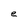
Character: e